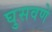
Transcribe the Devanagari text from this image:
घुसवणे